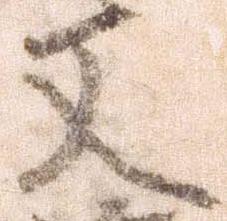
又